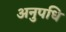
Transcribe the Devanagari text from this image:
अनुपधि